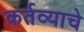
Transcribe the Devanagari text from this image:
कर्तव्याचे